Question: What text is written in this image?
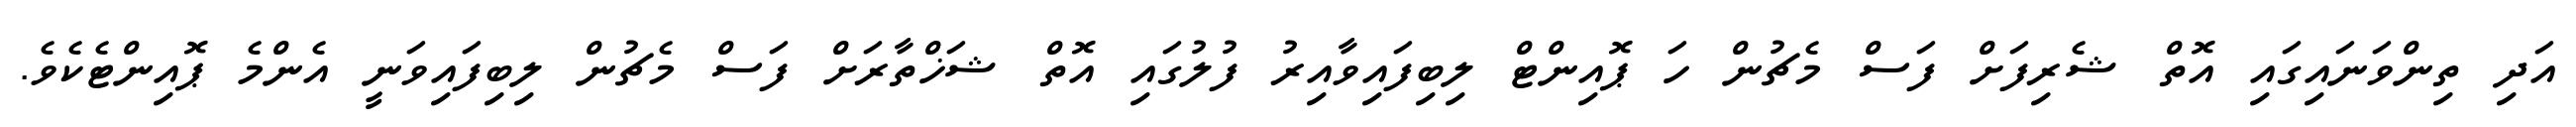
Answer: އަދި ތިންވަނައިގައި އޮތް ޝެރިފަށް ފަސް މެޗުން ހަ ޕޮއިންޓް ލިބިފައިވާއިރު ފުލުގައި އޮތް ޝަޚްތާރަށް ފަސް މެޗުން ލިބިފައިވަނީ އެންމެ ޕޮއިންޓެކެވެ.